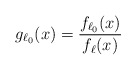
\begin{align*} g_{\ell_0}(x)=\frac{f_{\ell_0}(x)}{f_\ell(x)}\end{align*}